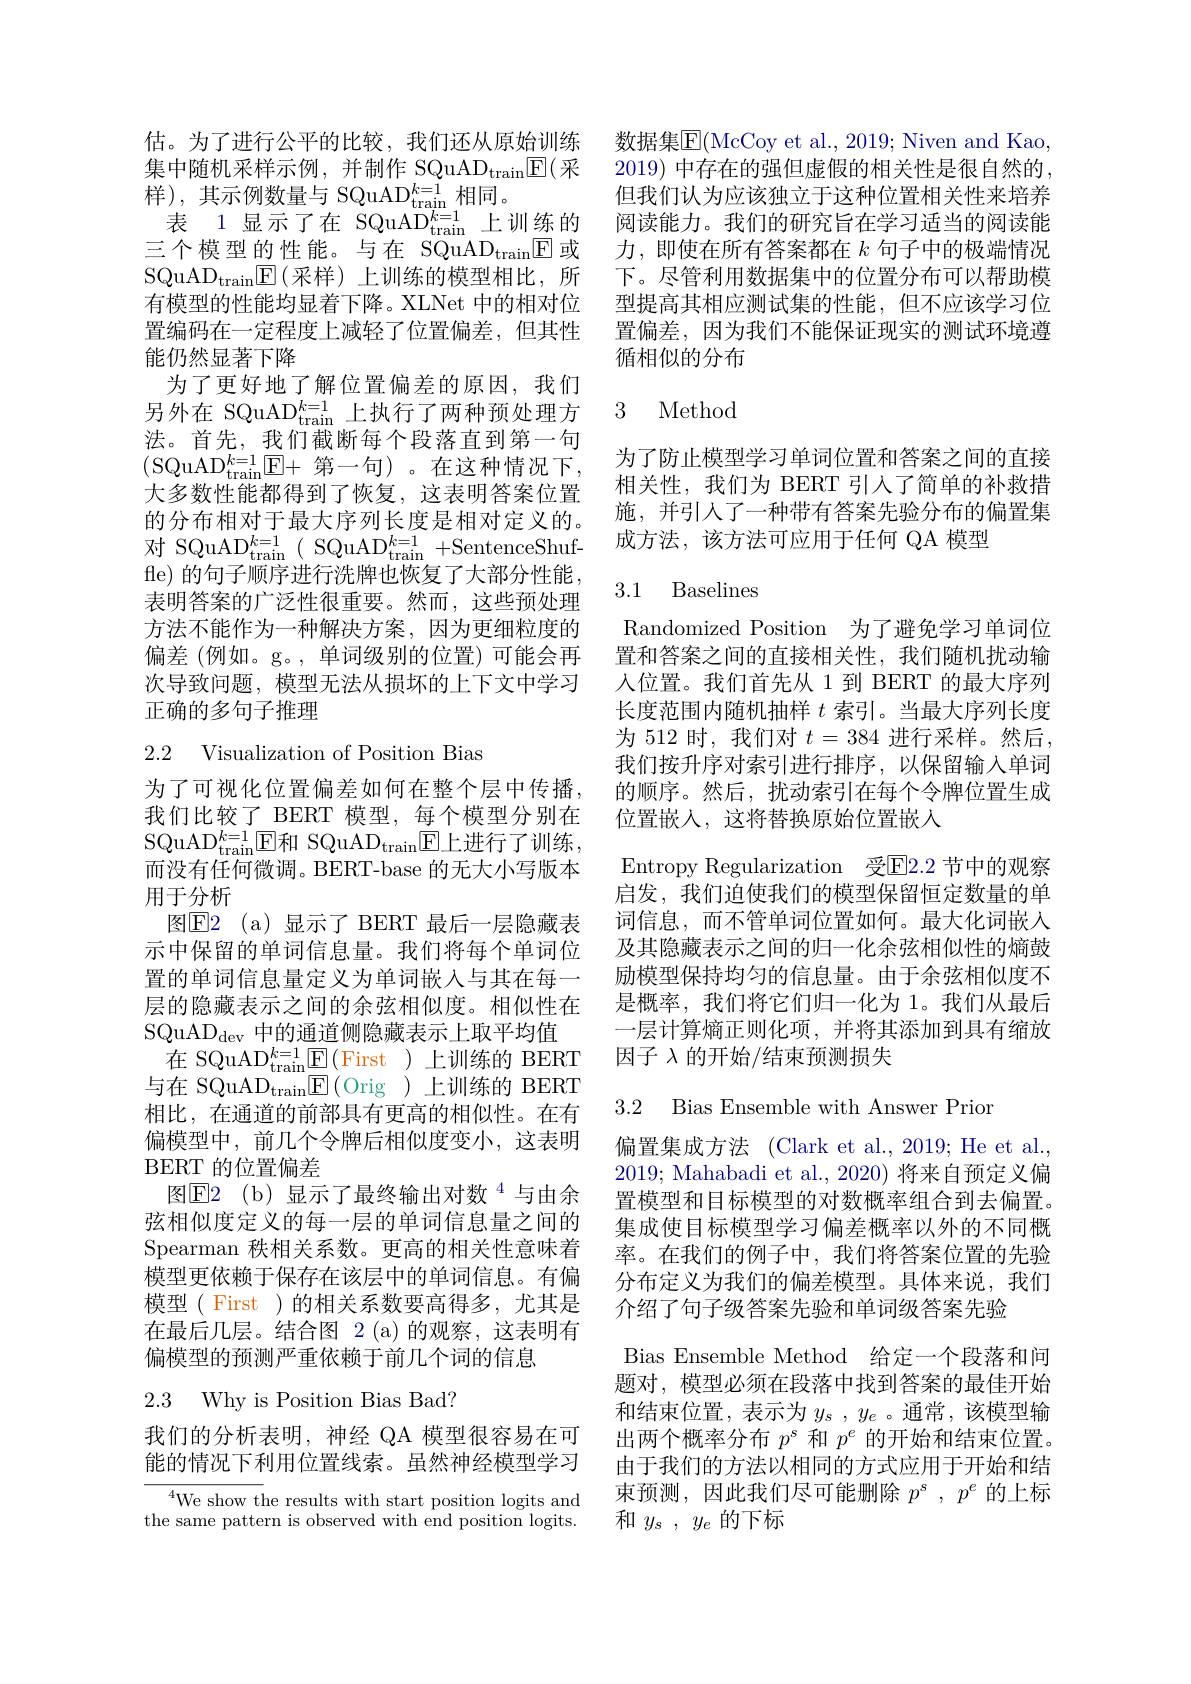
估。为了进行公平的比较，我们还从原始训练集中随机采样示例，并制作 SQuAD$_\mathrm{train}$E(采样),其示例数量与 SQuAD$_\mathrm{train}^{k=1}$相同。
表 1显示了在 SQuAD$_{\mathrm{train}}^{k=1}$上训练的三个模型的性能。与在 SQuAD$_\mathrm{train}\mathbb{E}$或$\mathrm{SQuAD}_{\mathrm{train}}[ \mathbb{E} ] ($采样)上训练的模型相比，所有模型的性能均显着下降。XLNet 中的相对位置编码在一定程度上减轻了位置偏差，但其性能仍然显著下降
为了更好地了解位置偏差的原因，我们另外在 SQuAD$_{\mathrm{train}}^{k=1}$上执行了两种预处理方法。首先，我们截断每个段落直到第一句(SQuAD$_\mathrm{train}^k=1\boxed{\mathrm{E}}+$ 第一句)。在这种情况下， 大多数性能都得到了恢复，这表明答案位置的分布相对于最大序列长度是相对定义的。对 SQuAD$_{\mathrm{train}}^{k=1}($ SQuAD$_{\mathrm{train}}^{k=1}+$SentenceShuffle) 的句子顺序进行洗牌也恢复了大部分性能， 表明答案的广泛性很重要。然而，这些预处理方法不能作为一种解决方案，因为更细粒度的偏差(例如。g。,单词级别的位置)可能会再次导致问题，模型无法从损坏的上下文中学习正确的多句子推理

2.2 Visualization of Position Bias

为了可视化位置偏差如何在整个层中传播， 我们比较了 BERT 模型，每个模型分别在SQuA$D_{train}^{k= 1}\overline {{\mathrm{E} }}$和 SQuAD$_\mathrm{train}\underline{{\mathrm{E}}}$上进行了训练， 而没有任何微调。BERT-base 的无大小写版本用于分析
图$\boxed{\mathrm{E} }2$ (a)显示了 BERT 最后一层隐藏表示中保留的单词信息量。我们将每个单词位置的单词信息量定义为单词嵌入与其在每一层的隐藏表示之间的余弦相似度。相似性在SQuAD_{dev中的通道侧隐藏表示上取平均值
在 SQuAD$_{\mathrm{train}}^{k=1}\boxed{\mathrm{E}}($First )上训练的 BERT 与在 SQuAD$_\mathrm{train}$E(Orig )上训练的 BERT 相比，在通道的前部具有更高的相似性。在有偏模型中，前几个令牌后相似度变小，这表明BERT 的位置偏差
图E2( b) 显示了最终输出对数$^{4}$与由余弦相似度定义的每一层的单词信息量之间的Spearman 秩相关系数。更高的相关性意味着模型更依赖于保存在该层中的单词信息。有偏模型( First )的相关系数要高得多，尤其是在最后几层。结合图 2 (a)的观察，这表明有偏模型的预测严重依赖于前几个词的信息

## 2.3 Why is Position Bias Bad?

我们的分析表明，神经 QA 模型很容易在可能的情况下利用位置线索。虽然神经模型学习

$^{4}$We show the results with start position logits and the same pattern is observed with end position logits.

数据集E(McCoy et al., 2019; Niven and Kao, 2019) 中存在的强但虚假的相关性是很自然的， 但我们认为应该独立于这种位置相关性来培养阅读能力。我们的研究旨在学习适当的阅读能力，即使在所有答案都在$k$句子中的极端情况下。尽管利用数据集中的位置分布可以帮助模型提高其相应测试集的性能，但不应该学习位置偏差，因为我们不能保证现实的测试环境遵循相似的分布

## 3 Method

为了防止模型学习单词位置和答案之间的直接相关性，我们为 BERT 引入了简单的补救措施，并引入了一种带有答案先验分布的偏置集成方法，该方法可应用于任何 QA 模型

### 3.1 Baselines

Randomized Position 为了避免学习单词位置和答案之间的直接相关性，我们随机扰动输人位置。我们首先从 1 到 BERT 的最大序列长度范围内随机抽样$t$索引。当最大序列长度为 512 时，我们对 $t=384$ 进行采样。然后， 我们按升序对索引进行排序，以保留输入单词的顺序。然后，扰动索引在每个令牌位置生成位置嵌入，这将替换原始位置嵌人
Entropy Regularization 受E2.2 节中的观察启发，我们迫使我们的模型保留恒定数量的单词信息，而不管单词位置如何。最大化词嵌入及其隐藏表示之间的归一化余弦相似性的熵鼓励模型保持均匀的信息量。由于余弦相似度不是概率，我们将它们归一化为 1。我们从最后一层计算熵正则化项，并将其添加到具有缩放因子 $\lambda$ 的开始/结束预测损失

## 3.2 Bias Ensemble with Answer Prior

偏置集成方法 (Clark et al., 2019; He et al., 2019; Mahabadi et al., 2020) 将来自预定义偏置模型和目标模型的对数概率组合到去偏置。集成使目标模型学习偏差概率以外的不同概率。在我们的例子中，我们将答案位置的先验分布定义为我们的偏差模型。具体来说，我们介绍了句子级答案先验和单词级答案先验
Bias Ensemble Method 给定一个段落和问题对，模型必须在段落中找到答案的最佳开始和结束位置，表示为$y_s,y_e$ 。通常，该模型输出两个概率分布$p^\mathrm{s}$和$p^e$的开始和结束位置。由于我们的方法以相同的方式应用于开始和结束预测，因此我们尽可能删除$p^\mathrm{s},p^e$的上标和$y_s,y_e$的下标